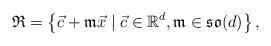
LaTeX: \begin{align*}\mathfrak{R}=\left\{\vec{c}+\mathfrak{m}\vec{x}\;|\;\vec{c}\in\mathbb{R}^d,\mathfrak{m}\in \mathfrak{so}(d)\right\},\end{align*}